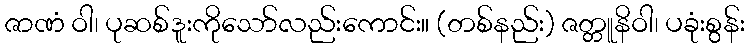
ဇာဏံ ဝါ၊ ပုဆစ်ဒူးကိုသော်လည်းကောင်း။ (တစ်နည်း) ဇတ္တူနိဝါ၊ ပခုံးစွန်း